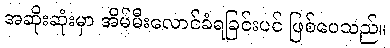
အဆိုးဆုံးမှာ အိမ်မီးလောင်ခံရခြင်းပင် ဖြစ်ပေသည်။